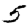
Digit: 5